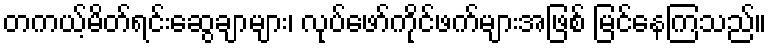
တကယ့်မိတ်ရင်းဆွေချာများ၊ လုပ်ဖော်ကိုင်ဖက်များအဖြစ် မြင်နေကြသည်။